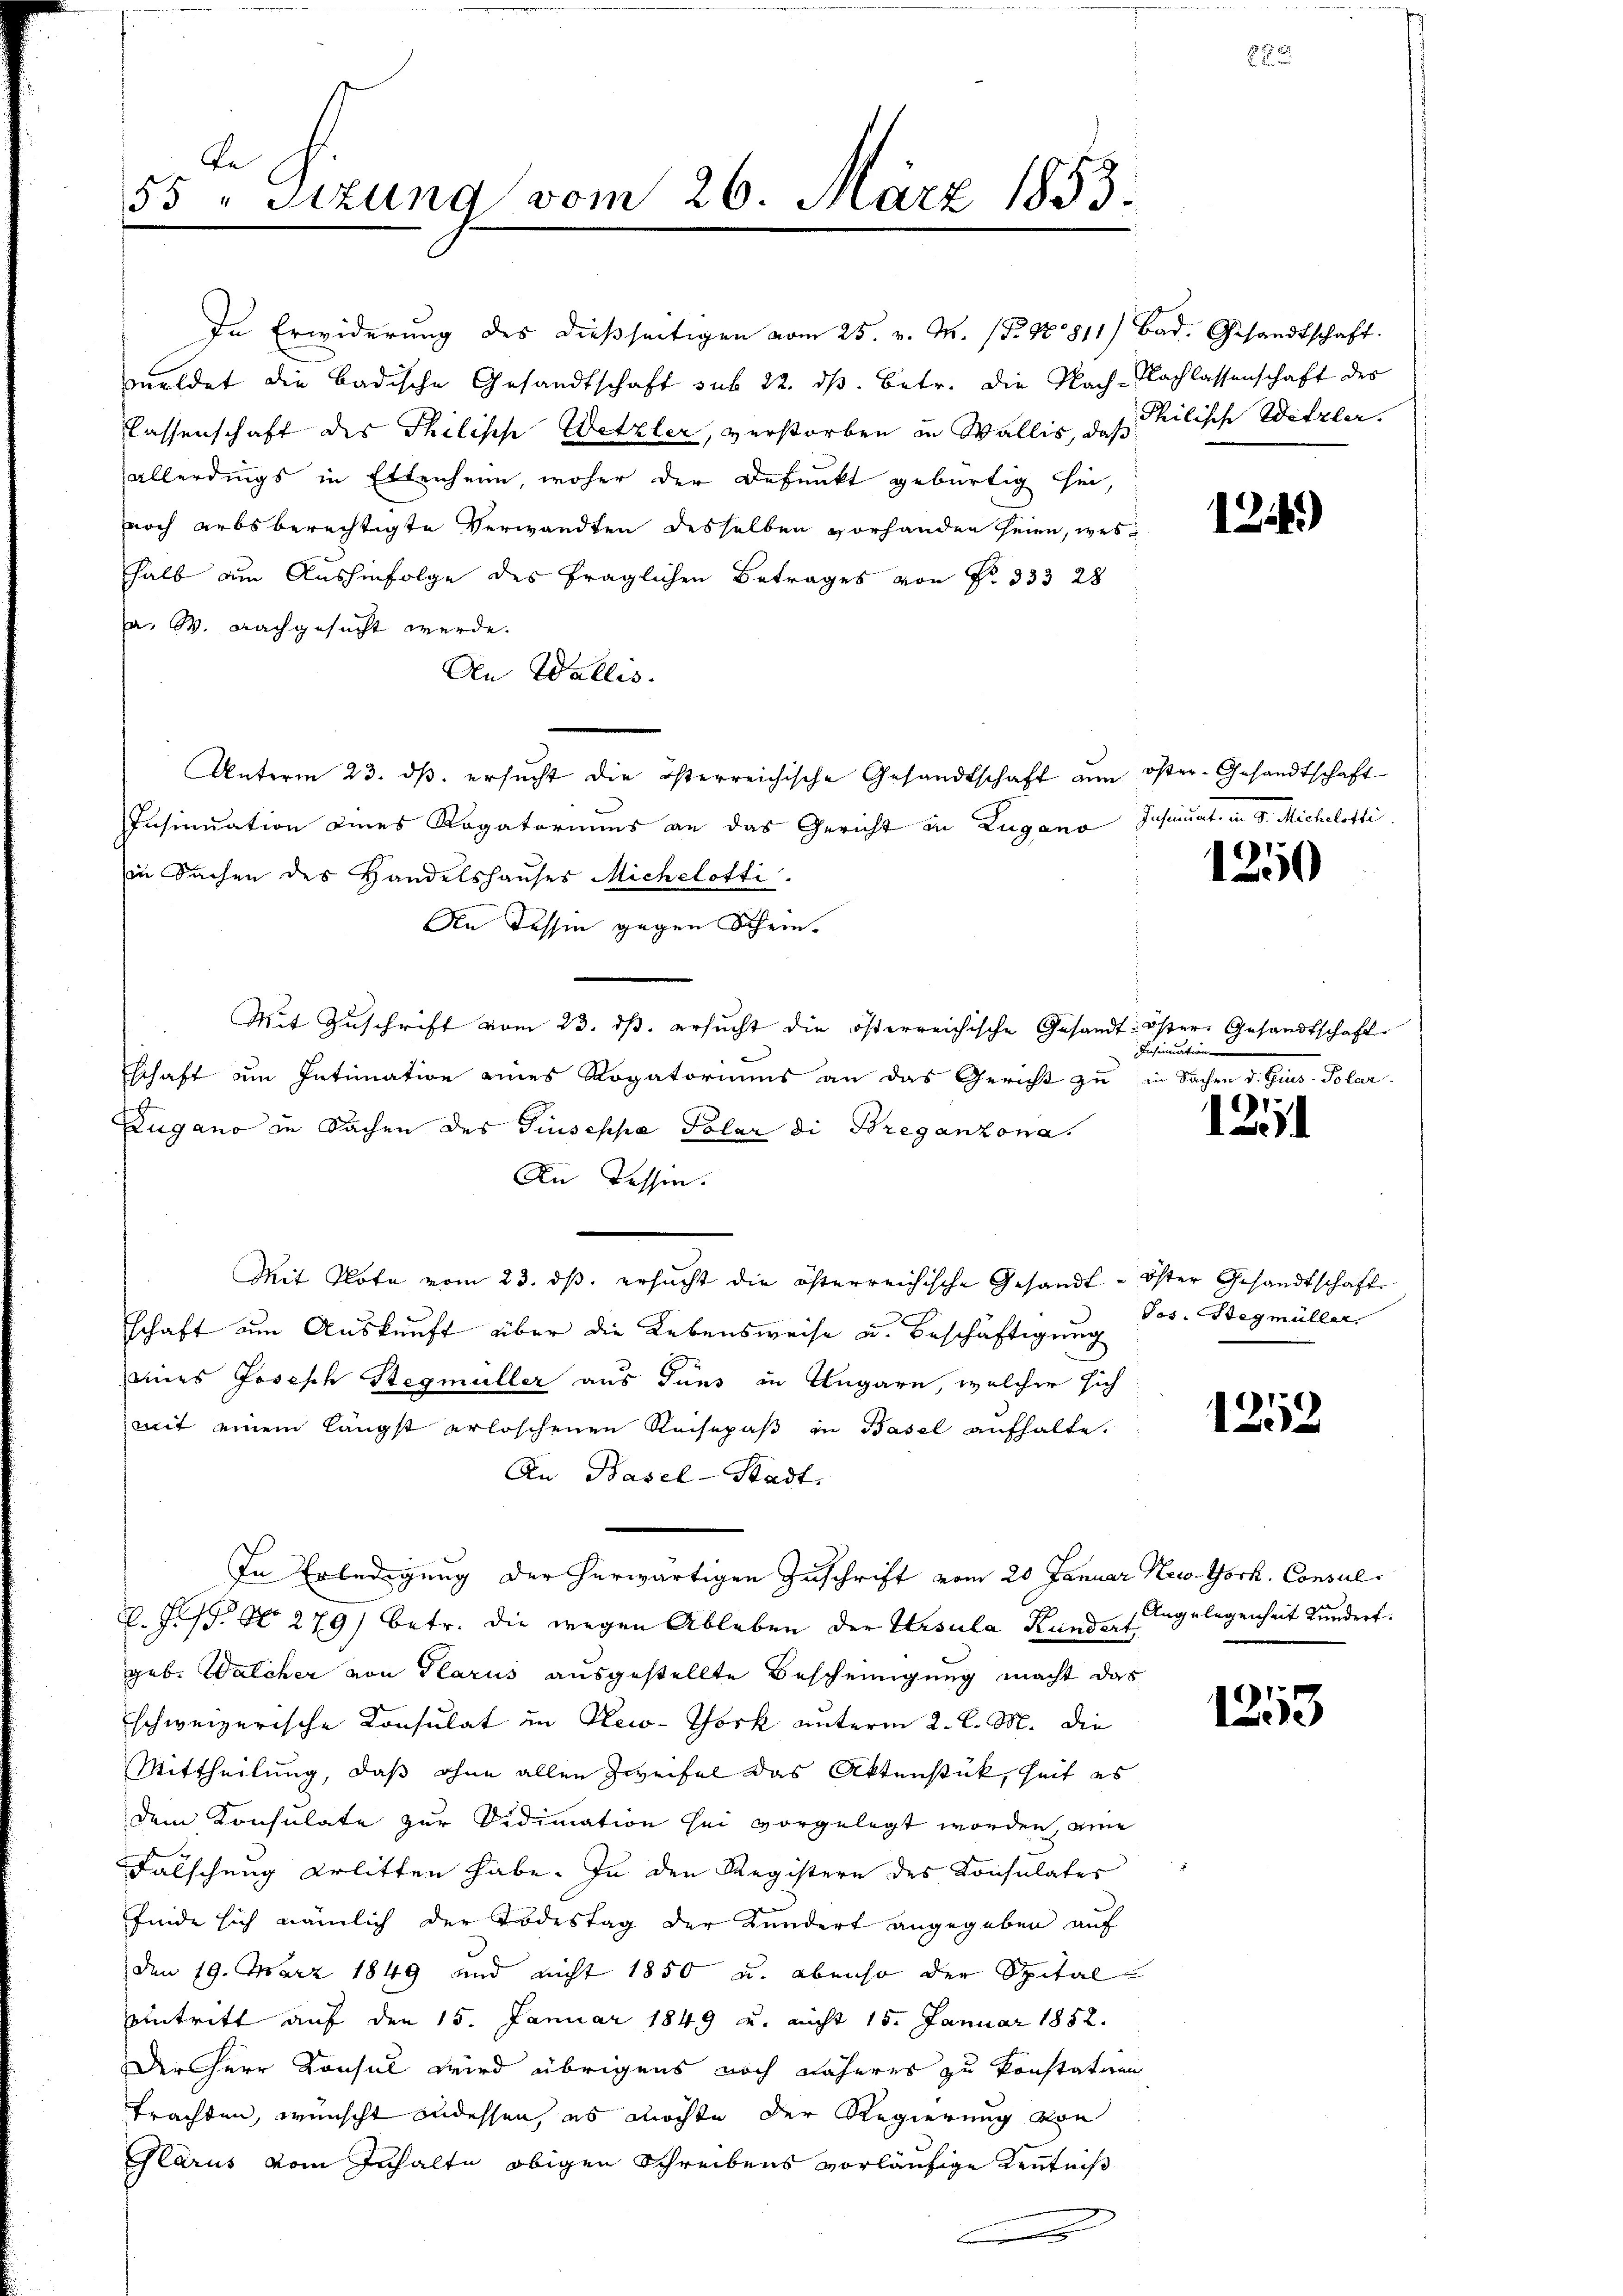
be
55 "Stzung vom 26. März 1853.

In Erwiderung des dießseitigen vom 25. v. M. (N. N. 811) Bad. Gesandtschaft.
meldet die badische Gesandtschaft sub 22. ds. betr. die Nach-Nachlassenschaft des
Cassenschaft des Philische Wetzler, verstorben in Wallis, das Philische Witzler
allerdings in Ettenheim, woher der Depunkt gebürtig sei,
noch arbsberechtigte Verwandten desselben vorhanden seien, wes
halb dem Aushinfolge des fraglichen Betrages von Nr. 333 28
a. W. nachgesucht werde.
An Wallis.
Insinuation eines Rogatoriums an das Gericht in Zugano Insinuat in d. Michelotti
in Sachen des Handelshauses Michelotti.
An dessen gegen Schein.
Mit Zŭschrift vom 23. dβ. ersŭcht die österreichische Gesandt der Gesandtschaft
Tschaft um Intimation eines Rogatoriums an das Gericht zu in Sachen d. Gius- Polar
Zugano in Sachen des Giuseppa Polar di Breganzona.
An Tessin.
Mit Note vom 23. ds. ersucht die österreichische Gesandt - Oster Gesandtschaft
schaft um Auskunft über die Lebensweise u. Beschäftigung
seines Joseph Stegmüller aus Tuns in Ungarn, welcher sich
mit einem längst erloschenen Reisepaß in Basel aufhalte.
An Basel-Stadt.
In Erledigung der herwärtigen Zuschrift vom 20. Januar New-York, Consul¬
R. P.P. Nr. 279) betr. die wegen Ableben der Ursula Kunders Angelegenheit kundert.
geb. Walcher von Glarus ausgestellte Bescheinigung macht das
schweizerische Consulat in Klei-Thork unterm 2. l. M. die
Mittheilung, daß ohne allen Zweifel das Aktenstück, Zeit es
dem Konsulate zur Vidimation sei vorgelegt worden, eine
Falschung erlitten habe. In den Registern des Konsulates
finde sich nämlich der Todestag der Kundert angegeben auf
den 19. März 1849 und nicht 1850 u. ebenso der Spital-
Eintritt auf den 15. Januar 1849 u. nicht 15. Januar 1852.
Der Herr Konsul wird übrigens noch näheres zu konstatien
trachten, wünscht andessen, es möchte der Regierung von
Glarus vom Inhalte obigen Schreibens vorläufige Kenntniß

Unterm 23. dβ. ersŭcht die österreichische Gesandtschaft an öster-Gesandtschaft

124.)

1250

Insinuation

1211

Jos. Stegmüller.

1252

133